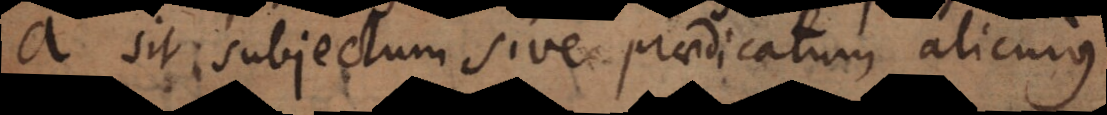
a sit subjectum sive praedicatum alicujus